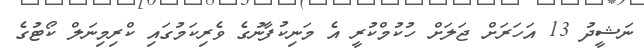
ނަޝީދު 13 އަހަރަށް ޖަލަށް ހުކުމްކުރީ އެ މަނިކުފާނުގެ ވެރިކަމުގައި ކްރިމިނަލް ކޯޓުގެ